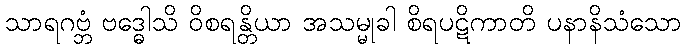
သာရဂဗ္ဘံ ဗဒ္ဓေါသိ ဝိစရန္တိယာ အသမ္မုခါ စိရပဋိကာတိ ပနာနိသံသော